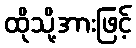
ထိုသို့အားဖြင့်